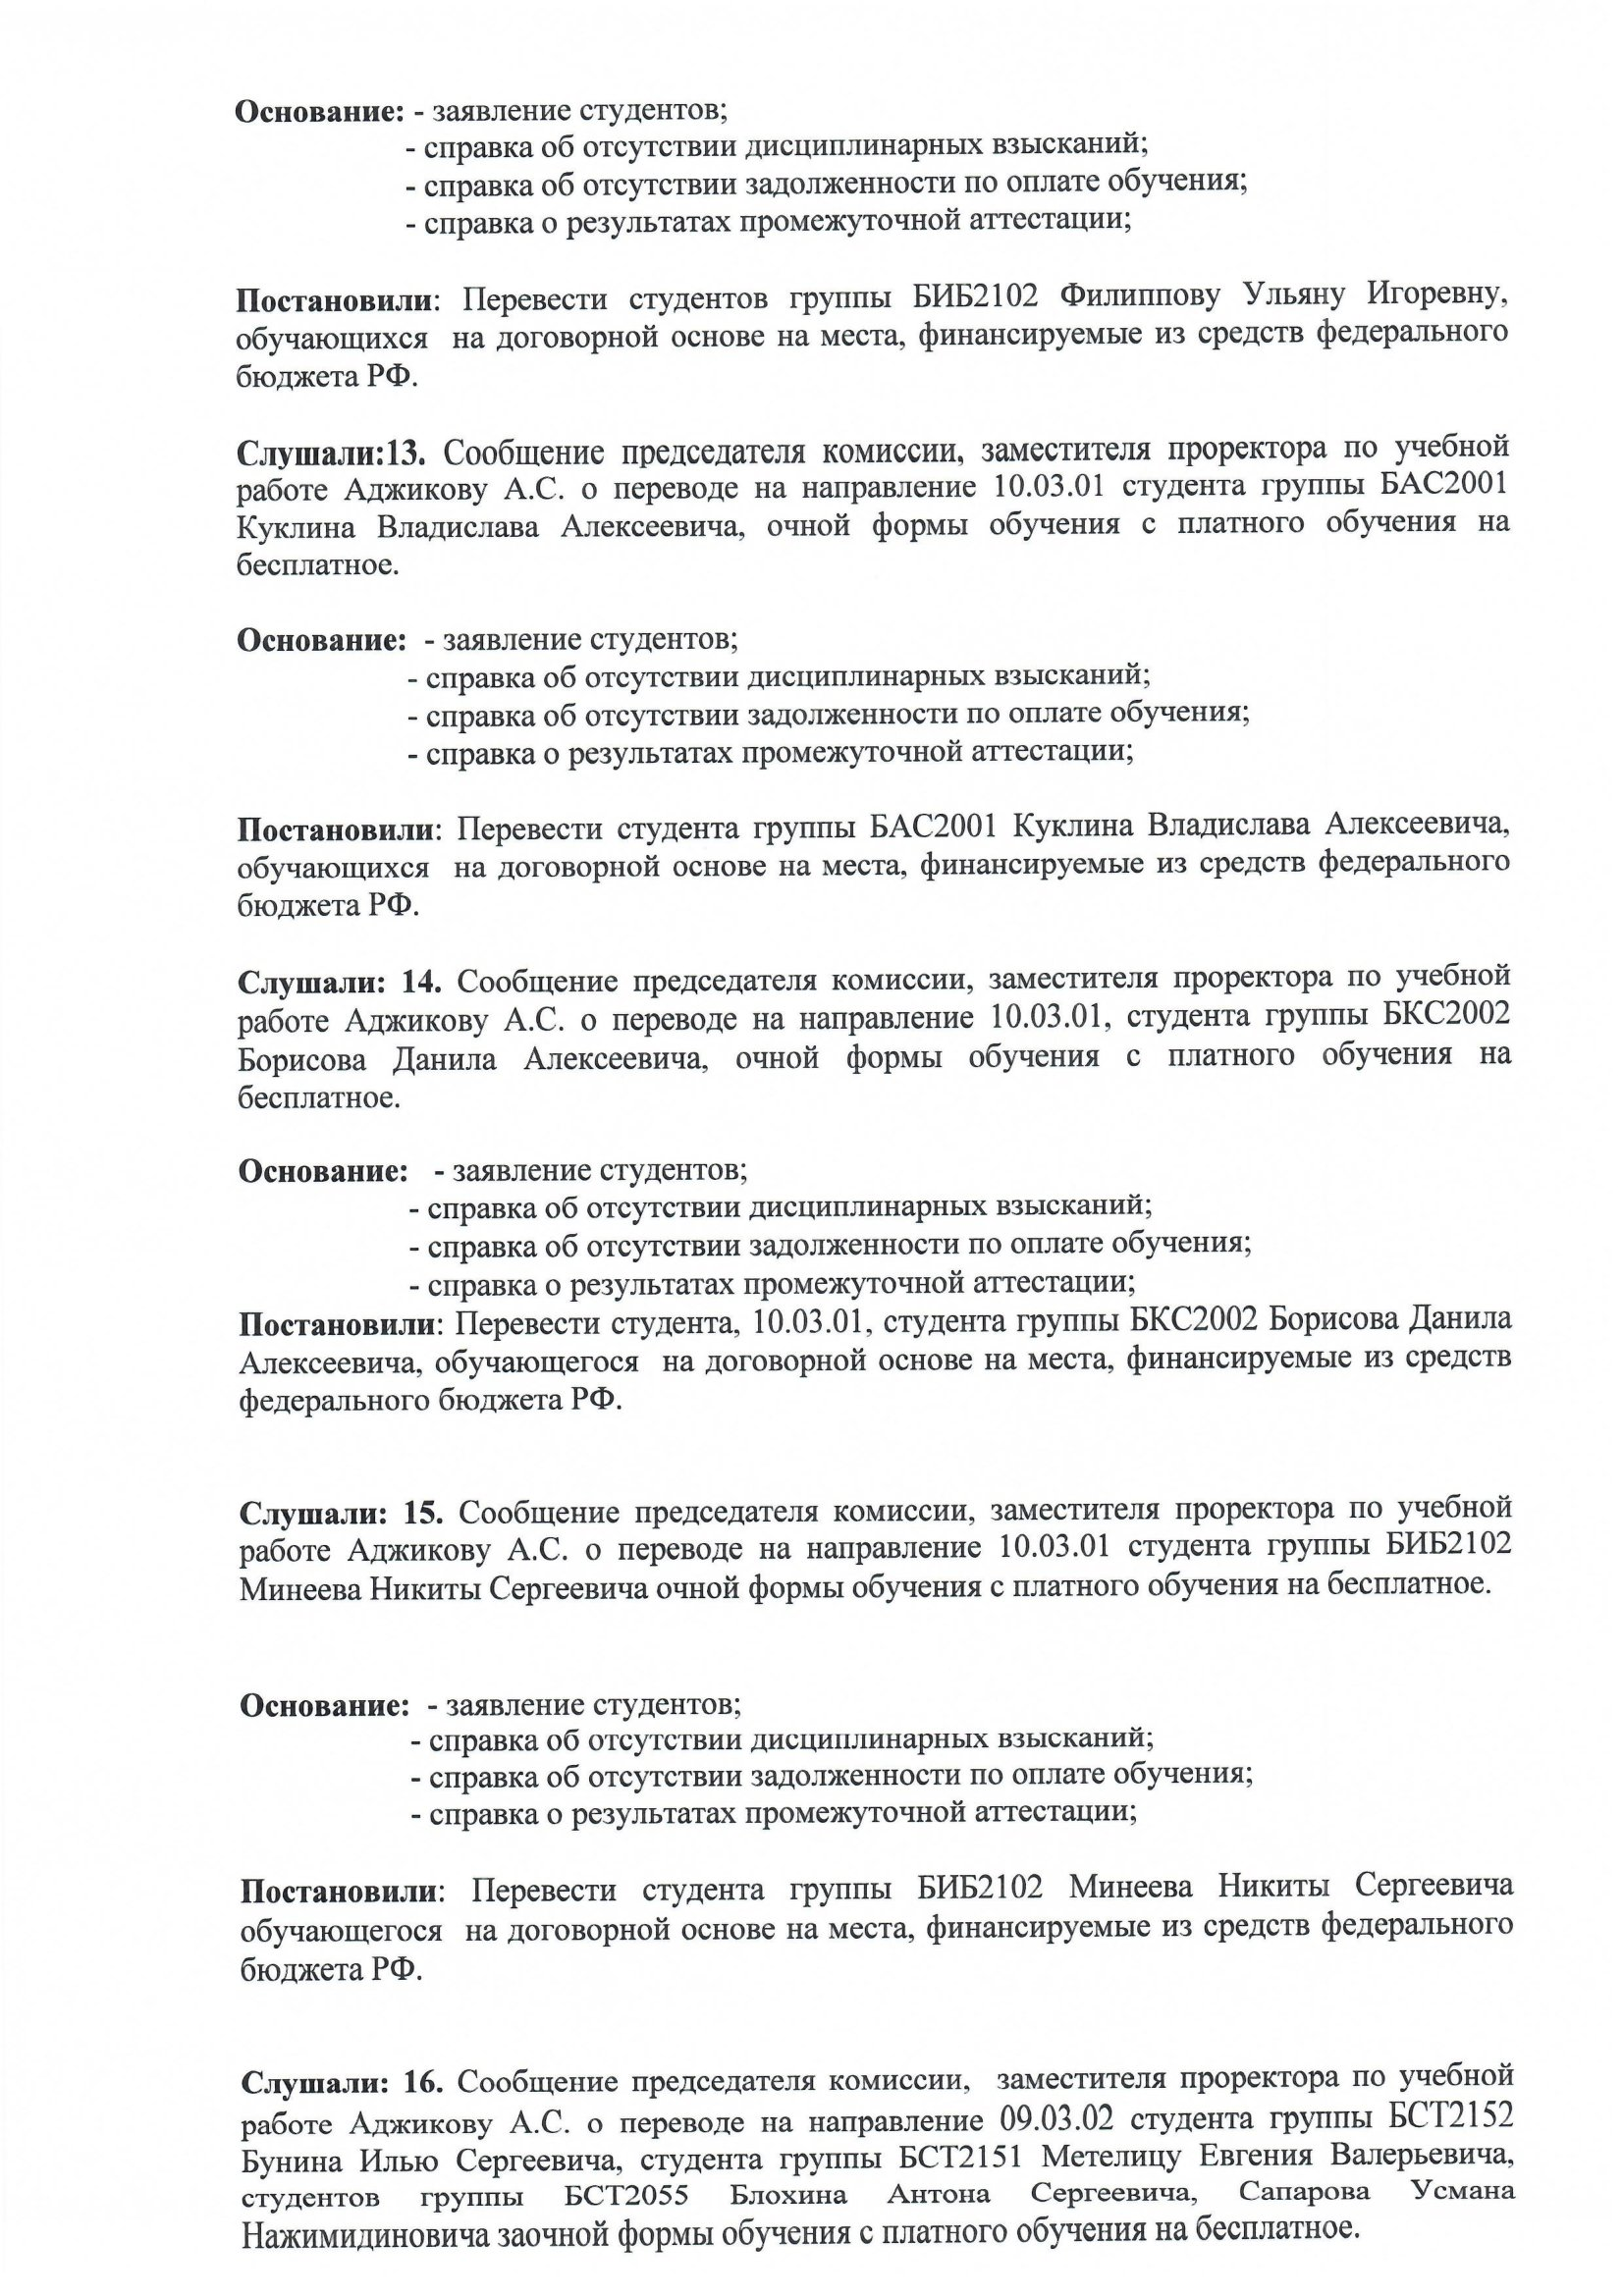
Language: ru